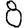
Digit: 8